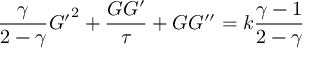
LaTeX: { \frac { \gamma } { 2 - \gamma } } { G ^ { \prime } } ^ { 2 } + { \frac { G G ^ { \prime } } { \tau } } + G G ^ { \prime \prime } = k { \frac { \gamma - 1 } { 2 - \gamma } }